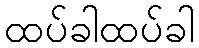
ထပ်ခါထပ်ခါ